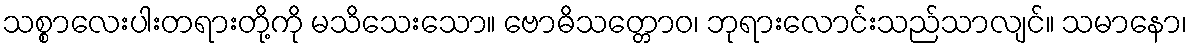
သစ္စာလေးပါးတရားတို့ကို မသိသေးသော။ ဗောဓိသတ္တောဝ၊ ဘုရားလောင်းသည်သာလျင်။ သမာနော၊